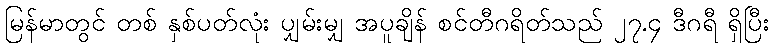
မြန်မာတွင် တစ် နှစ်ပတ်လုံး ပျှမ်းမျှ အပူချိန် စင်တီဂရိတ်သည် ၂၇.၄ ဒီဂရီ ရှိပြီး